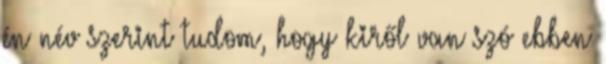
én név szerint tudom, hogy kiről van szó ebben